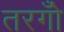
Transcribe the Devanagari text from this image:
तरगोँ